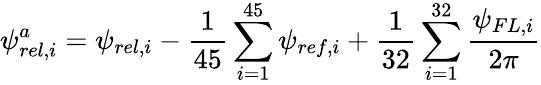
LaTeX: \psi_{rel,i}^{a}=\psi_{rel,i}-\frac{1}{45}\sum_{i=1}^{45}\psi_{ref,i}+\frac{1}{32}\sum_{i=1}^{32}\frac{\psi_{FL,i}}{2\pi}